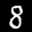
Label: 8